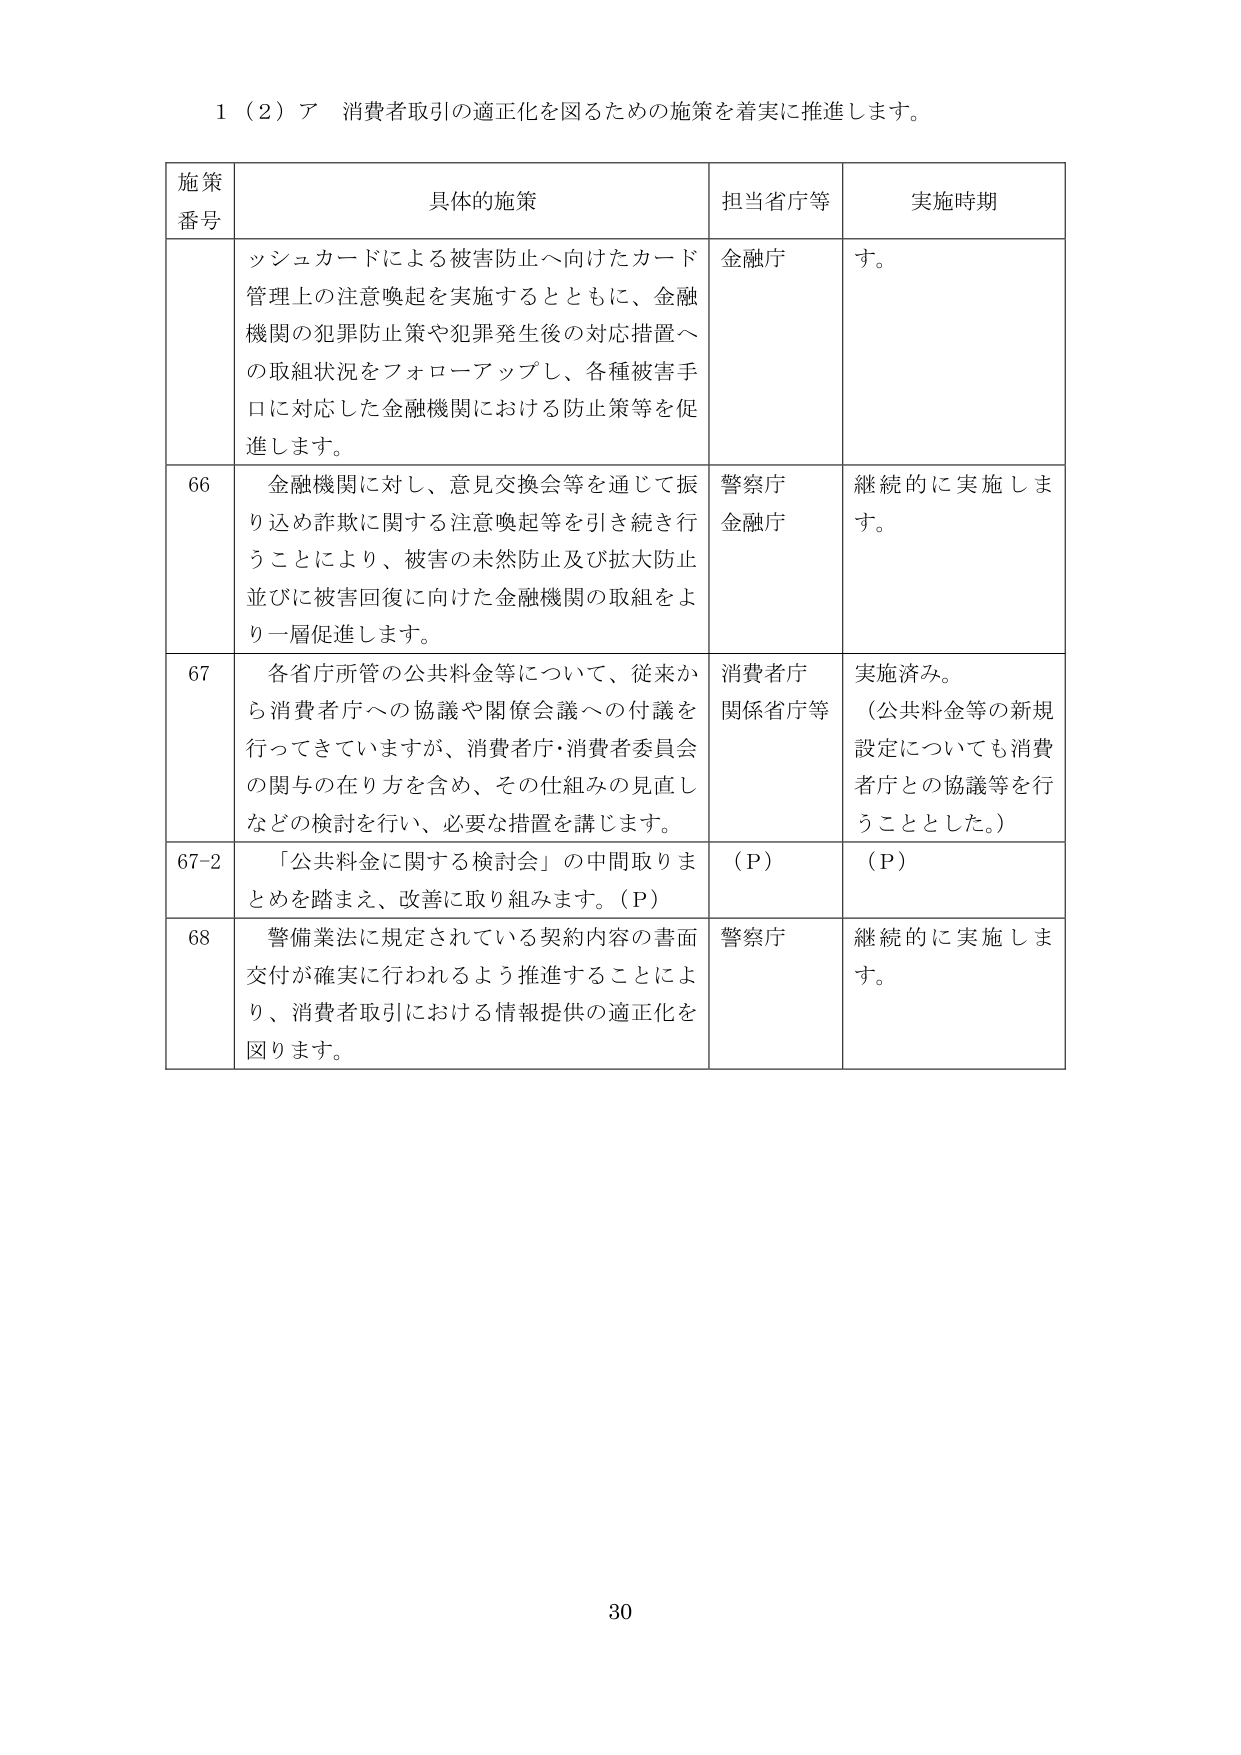
1（2）ア 消費者取引の適正化を図るための施策を着実に推進します。

施策番号	具体的施策	担当省庁等	実施時期
	ツシュカードによる被害防止へ向けたカード管理上の注意喚起を実施するとともに、金融機関の犯罪防止策や犯罪発生後の対応措置への取組状況をフォローアップし、各種被害手口に対応した金融機関における防止策等を促進します。	金融庁	す。
66	金融機関に対し、意見交換会等を通じて振り込め詐欺に関する注意喚起等を引き続き行うことにより、被害の未然防止及び拡大防止並びに被害回復に向けた金融機関の取組をより一層促進します。	警察庁金融庁	継続的に実施します。
67	各省庁所管の公共料金等について、従来から消費者庁への協議や関係会議への付議を行ってきていますが、消費者庁・消費者委員会の関与の在り方を含め、その仕組みの見直しなどの検討を行い、必要な措置を講じます。	消費者庁関係省庁等	実施済み。（公共料金等の新規設定についても消費者庁との協議等を行うこととした。）
67-2	「公共料金に関する検討会」の中間取りまとめを踏まえ、改善に取り組みます。（P）	（P）	（P）
68	警備業法に規定されている契約内容の書面交付が確実に行われるよう推進することにより、消費者取引における情報提供の適正化を図ります。	警察庁	継続的に実施します。

30